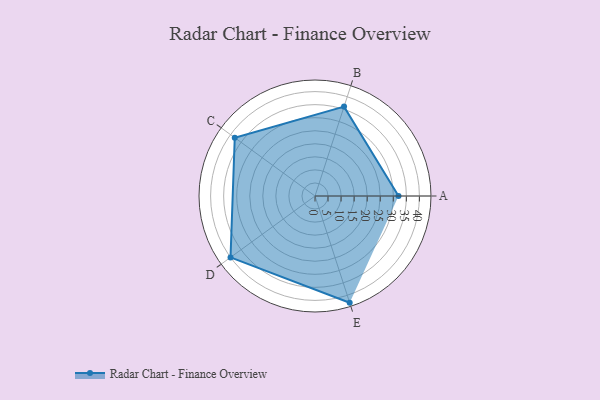
{"axis": {"x": "Skill", "y": "Score"}, "legend": ["Profile"], "data": [{"x": "A", "y": 32.0, "type": "Profile"}, {"x": "B", "y": 36.0, "type": "Profile"}, {"x": "C", "y": 38.0, "type": "Profile"}, {"x": "D", "y": 40.0, "type": "Profile"}, {"x": "E", "y": 43.0, "type": "Profile"}]}